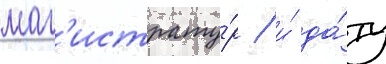
маг'истрату́р / и́ да́ту